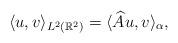
LaTeX: \begin{align*}\langle u,v\rangle_{L^2 (\mathbb{R}^2)}=\langle\widehat{A} u,v\rangle_{\alpha},\end{align*}